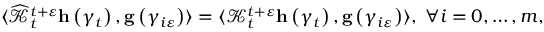
\begin{array} { r } { \langle \widehat { \mathcal { K } } _ { t } ^ { t + \varepsilon } \mathbf { h } \left( \gamma _ { t } \right) , \mathbf { g } \left( \gamma _ { i \varepsilon } \right) \rangle = \langle \mathcal { K } _ { t } ^ { t + \varepsilon } \mathbf { h } \left( \gamma _ { t } \right) , \mathbf { g } \left( \gamma _ { i \varepsilon } \right) \rangle , \; \forall i = 0 , \ldots , m , } \end{array}